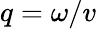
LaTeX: q=\omega/v